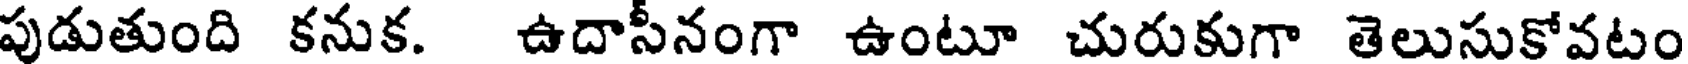
పుడుతుంది కనుక. ఉదాసీనంగా ఉంటూ చురుకుగా తెలుసుకోవటం